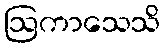
ဩကာသေသိ